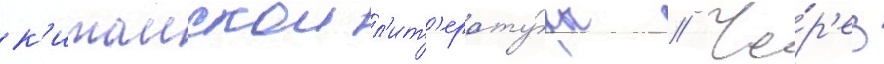
к'итаискои л'ит'ерату́ры // Че́р'ез